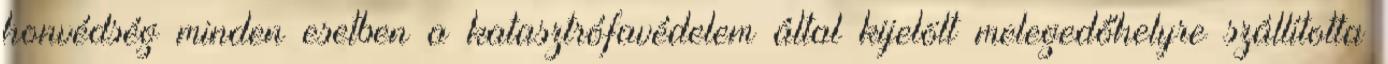
honvédség minden esetben a katasztrófavédelem által kijelölt melegedőhelyre szállította